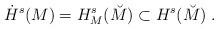
LaTeX: \begin{align*}\dot H^s(M)=H^s_M(\breve M)\subset H^s(\breve M)\;.\end{align*}